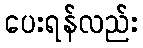
ပေးရန်လည်း